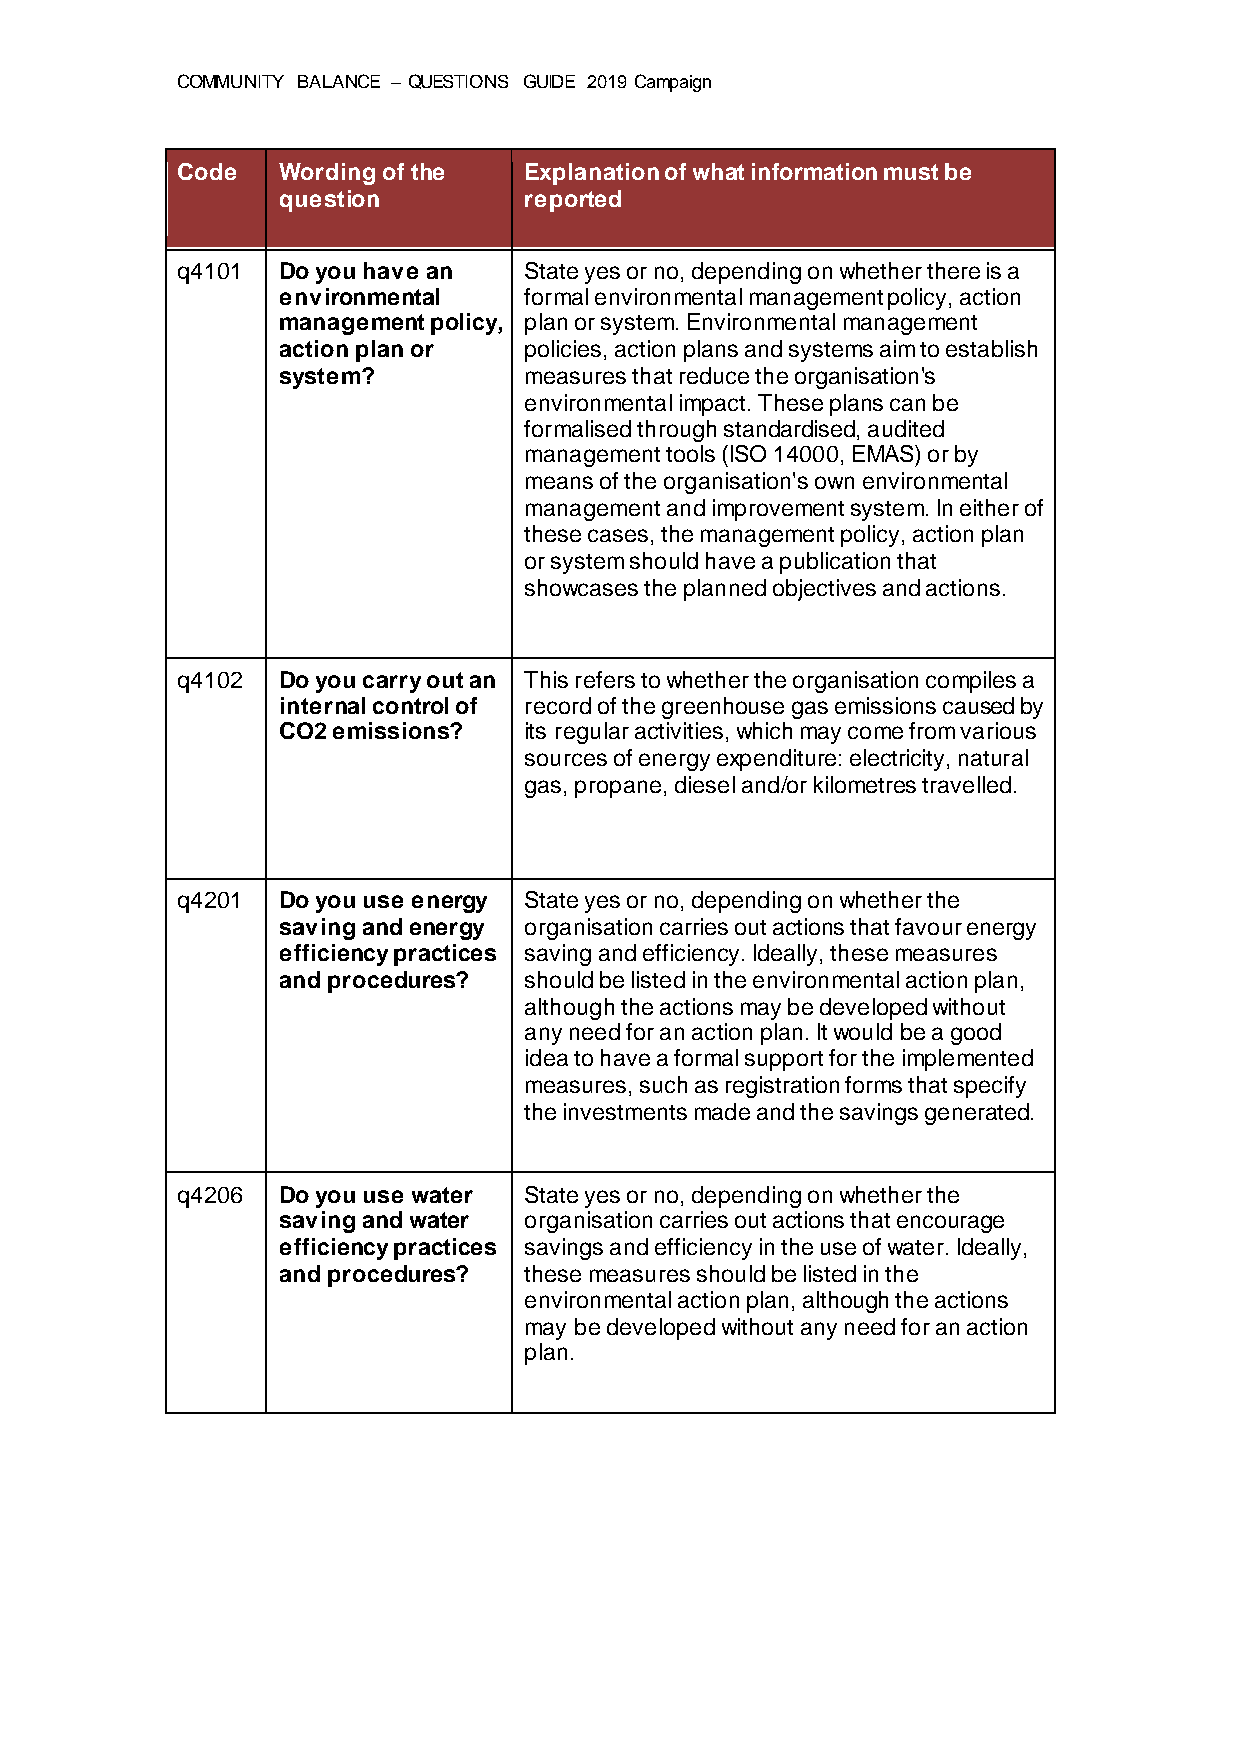
COMMUNITY BALANCE – QUESTIONS GUIDE 2019 Campaign
 Code  Wording of the   Explanation of what information must be
 question         reported
 q4101 Do you have an   State yes or no, depending on whether there is a
 environmental    formal environmental management policy, action
 management policy, plan or system. Environmental management
 action plan or   policies, action plans and systems aim to establish
 system?          measures that reduce the organisation's
 environmental impact. These plans can be
 formalised through standardised, audited
 management tools (ISO 14000, EMAS) or by
 means of the organisation's own environmental
 management and improvement system. In either of
 these cases, the management policy, action plan
 or system should have a publication that
 showcases the planned objectives and actions.
 q4102 Do you carry out an This refers to whether the organisation compiles a
 internal control of record of the greenhouse gas emissions caused by
 CO2 emissions?   its regular activities, which may come from various
 sources of energy expenditure: electricity, natural
 gas, propane, diesel and/or kilometres travelled.
 q4201 Do you use energy State yes or no, depending on whether the
 saving and energy organisation carries out actions that favour energy
 efficiency practices saving and efficiency. Ideally, these measures
 and procedures?  should be listed in the environmental action plan,
 although the actions may be developed without
 any need for an action plan. It would be a good
 idea to have a formal support for the implemented
 measures, such as registration forms that specify
 the investments made and the savings generated.
 q4206 Do you use water State yes or no, depending on whether the
 saving and water organisation carries out actions that encourage
 efficiency practices savings and efficiency in the use of water. Ideally,
 and procedures?  these measures should be listed in the
 environmental action plan, although the actions
 may be developed without any need for an action
 plan.